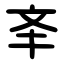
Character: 㪯